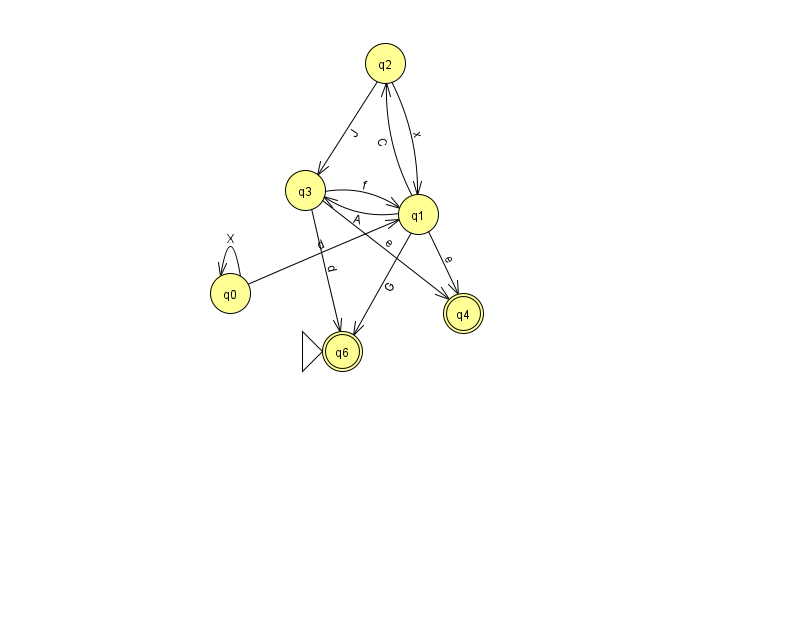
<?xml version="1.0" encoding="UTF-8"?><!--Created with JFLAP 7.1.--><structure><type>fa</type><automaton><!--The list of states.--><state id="0" name="q0"><x>230.0</x><y>280.0</y></state><state id="1" name="q1"><x>418.0</x><y>201.0</y></state><state id="2" name="q2"><x>385.0</x><y>50.0</y></state><state id="3" name="q3"><x>305.0</x><y>177.0</y></state><state id="4" name="q4"><x>463.0</x><y>300.0</y><final/></state><state id="6" name="q6"><x>342.0</x><y>338.0</y><initial/><final/></state><!--The list of transitions.--><transition><from>2</from><to>3</to><read>J</read></transition><transition><from>1</from><to>2</to><read>C</read></transition><transition><from>3</from><to>6</to><read>d</read></transition><transition><from>3</from><to>4</to><read>e</read></transition><transition><from>0</from><to>0</to><read>X</read></transition><transition><from>0</from><to>1</to><read>d</read></transition><transition><from>1</from><to>4</to><read>e</read></transition><transition><from>1</from><to>6</to><read>G</read></transition><transition><from>3</from><to>1</to><read>f</read></transition><transition><from>1</from><to>3</to><read>A</read></transition><transition><from>2</from><to>1</to><read>x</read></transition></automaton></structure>